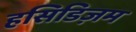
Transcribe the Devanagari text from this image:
हसिडिज़म